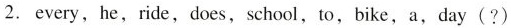
2.every,he,ride,does, school,to,bike, a,day(?)